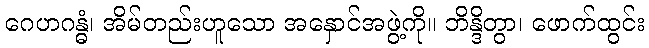
ဂေဟဂန္ဓံ၊ အိမ်တည်းဟူသော အနှောင်အဖွဲ့ကို။ ဘိန္ဒိတွာ၊ ဖောက်ထွင်း